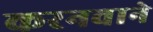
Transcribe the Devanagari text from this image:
करनवाने